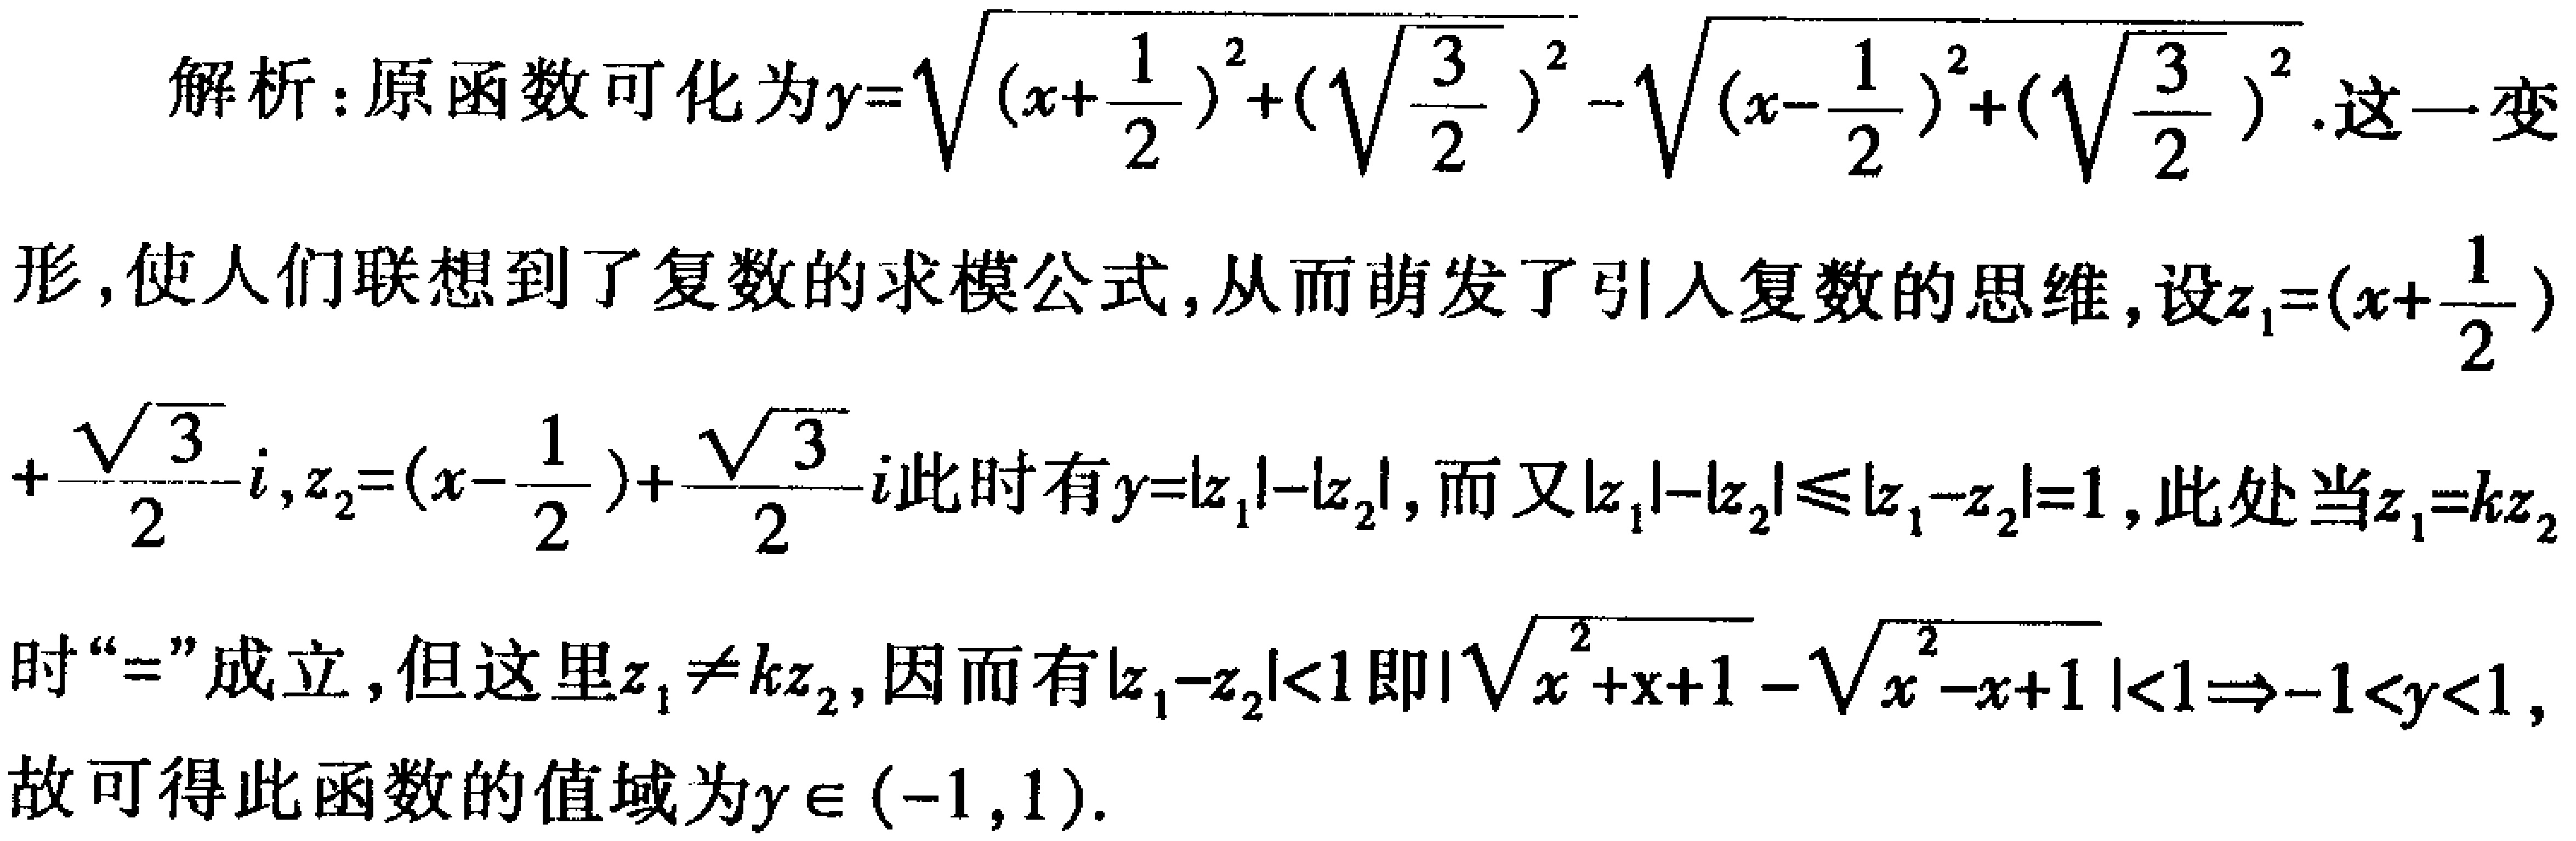
解析：原函数可化为\(y = \sqrt{(x + \frac{1}{2})^2 + (\sqrt{\frac{3}{2}})^2} - \sqrt{(x - \frac{1}{2})^2 + (\sqrt{\frac{3}{2}})^2}\)。这一变形，使人们联想到了复数的求模公式，从而萌发了引入复数的思维，设\(z_1 = (x + \frac{1}{2})+ \frac{\sqrt{3}}{2}i\)，\(z_2 = (x - \frac{1}{2})+ \frac{\sqrt{3}}{2}i\)此时有\(y = |z_1| - |z_2|\)，而又\(|z_1| - |z_2| \leq |z_1 - z_2| = 1\)，此处当\(z_1 = kz_2\)时“\(=\)”成立，但这里\(z_1 \neq kz_2\)，因而有\(|z_1 - z_2| < 1\)即\(|\sqrt{x^2 + x + 1} - \sqrt{x^2 - x + 1}| < 1 \Rightarrow -1 < y < 1\)，故可得此函数的值域为\(y \in (-1, 1)\)。